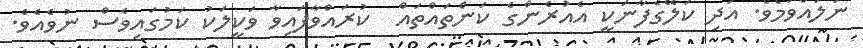
ނުލައްވަމެވެ. އަދި ކަލޭގެފާނަކީ އެއުރެންގެ ކަންތައްތައް  ކުރައްވާފައިވާ ވަކީލަކު ކަމުގައިވެސް ނުވެއެވެ.